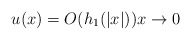
\begin{align*} u(x)=O(h_1 (|x|)) x\to 0\end{align*}